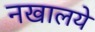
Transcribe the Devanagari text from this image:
नखालये